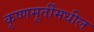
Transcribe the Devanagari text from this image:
कृष्णमूर्तींमधील